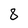
Character: 8